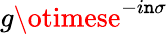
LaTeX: g\otimese^{-i\mathtt{n}\sigma}